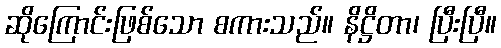
ဆိုကြောင်းဖြစ်သော စကားသည်။ နိဋ္ဌိတာ၊ ပြီးပြီ။